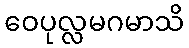
ဝေပုလ္လမဂမာသိ